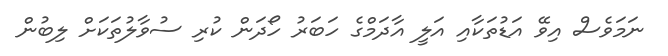
ނަމަވެސް އިވޭ އަޑުތަކާއި އަލީ އާދަމްގެ ހަބަރު ހޯދަން ކުރި ސުވާލުތަކަށް ލިބުން